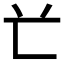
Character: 𠔄